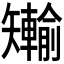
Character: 𪿐